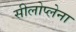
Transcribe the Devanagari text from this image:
सीलोप्लेना